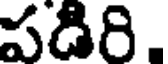
పడిరి.